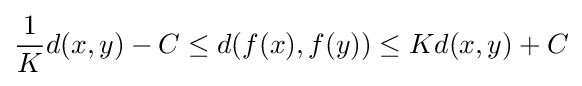
{1 \over K}d(x,y)-C\leq d(f(x),f(y))\leq Kd(x,y)+C